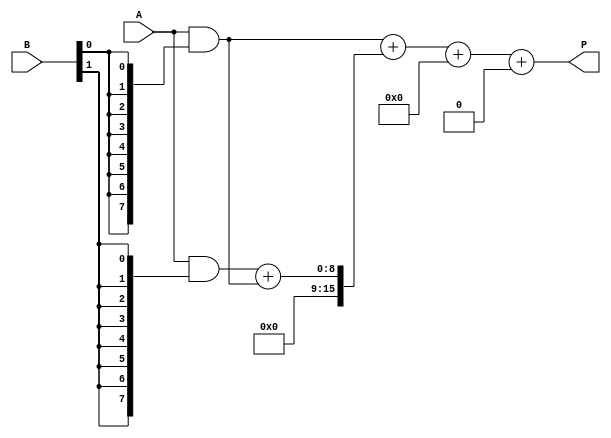
module FixedPointWallaceTreeMultiplier #(
    parameter N = 8 // Bit width for fixed-point numbers (including integer and fractional parts)
)(
    input  [N-1:0] A, // Fixed-point number A
    input  [N-1:0] B, // Fixed-point number B
    output [2*N-1:0] P // Product output
);

    // Generate partial products
    wire [N-1:0] pp [0:N-1]; // Partial products
    genvar i, j;
    generate
        for (i = 0; i < N; i = i + 1) begin : pp_gen
            assign pp[i] = A & {N{B[i]}}; // AND operation to generate partial products
        end
    endgenerate

    // Wallace tree reduction
    wire [2*N-1:0] sum [0:N-1]; // Sums at each stage
    wire [N-1:0] carry [0:N-1]; // Carries at each stage

    // Stage 1: Combine partial products using half adders and full adders
    generate
        for (i = 0; i < N; i = i + 1) begin : wallace_stage1
            if (i == 0) begin
                assign sum[i] = pp[i]; // First row of partial products
                assign carry[i] = 0; // No carry for the first row
            end else begin
                // Half adder for the first two inputs
                assign {carry[i], sum[i]} = pp[i] + pp[i-1];
            end
        end
    endgenerate

    // Stage 2: Continue combining sums and carries
    wire [2*N-1:0] final_sum;
    wire [2*N-1:0] final_carry;

    assign final_sum = sum[0] + sum[1] + carry[1]; // Combine first three rows
    assign final_carry = carry[0]; // Carry from the first row

    // Final addition
    wire [2*N-1:0] final_product;
    assign final_product = final_sum + final_carry;

    // Output the final product
    assign P = final_product;

endmodule